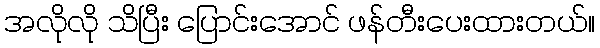
အလိုလို သိပြီး ပြောင်းအောင် ဖန်တီးပေးထားတယ်။